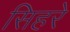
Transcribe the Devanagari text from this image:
सिहरे